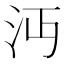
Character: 沔